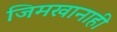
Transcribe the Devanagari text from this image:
जिमखानाही